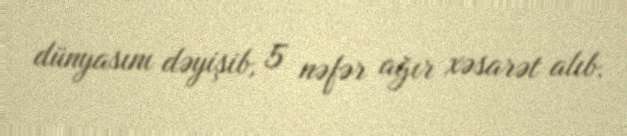
dünyasını dəyişib, 5 nəfər ağır xəsarət alıb.